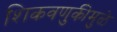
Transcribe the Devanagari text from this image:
शिकवणुकीमुळे